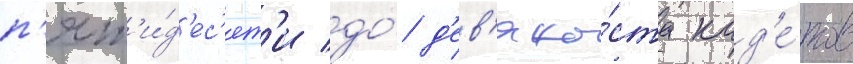
п'ят'и́д'ес'ят'и до́ д'ев'яно́ста кад'е́тов